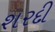
શરદી